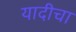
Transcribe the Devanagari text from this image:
यादीचा